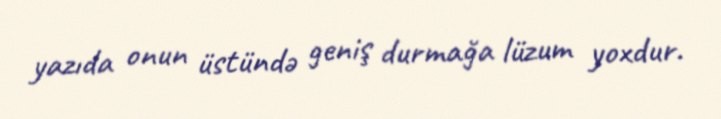
yazıda onun üstündə geniş durmağa lüzum yoxdur.